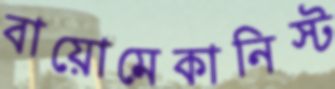
বায়োমেকানিস্ট